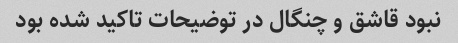
نبود قاشق و چنگال در توضیحات تاکید شده بود